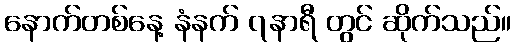
နောက်တစ်နေ့ နံနက် ၇နာရီ တွင် ဆိုက်သည်။